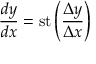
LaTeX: { \frac { d y } { d x } } = \mathrm { s t } \left( { \frac { \Delta y } { \Delta x } } \right)